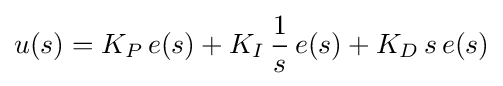
u(s)=K_{P}\,e(s)+K_{I}\,{\frac {1}{s}}\,e(s)+K_{D}\,s\,e(s)